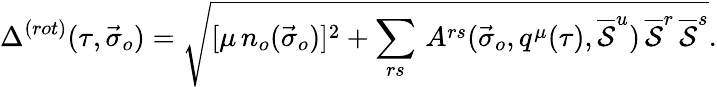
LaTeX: \Delta^{(rot)}(\tau,{\vec{\sigma}}_{o})=\sqrt{[\mu\, n_{o}({\vec{\sigma}}_{o})]^{2}+\sum_{rs}\, A^{rs}({\vec{\sigma}}_{o},q^{\mu}(\tau),\overline{{{\cal S}}}^{u})\, \overline{{{\cal S}}}^{r}\, \overline{{{\cal S}}}^{s}}.